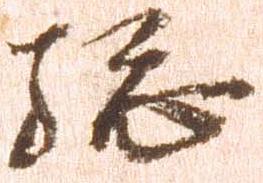
総